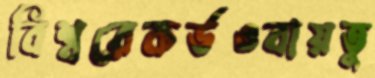
বিশ্বরেকর্ডওবায়তু